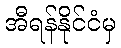
အီရန်နိုင်ငံမှ